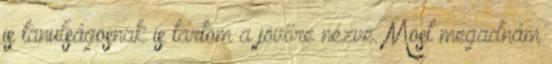
is tanulságosnak is tartom a jövőre nézve. Most megadnám